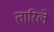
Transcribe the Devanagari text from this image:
तारिले